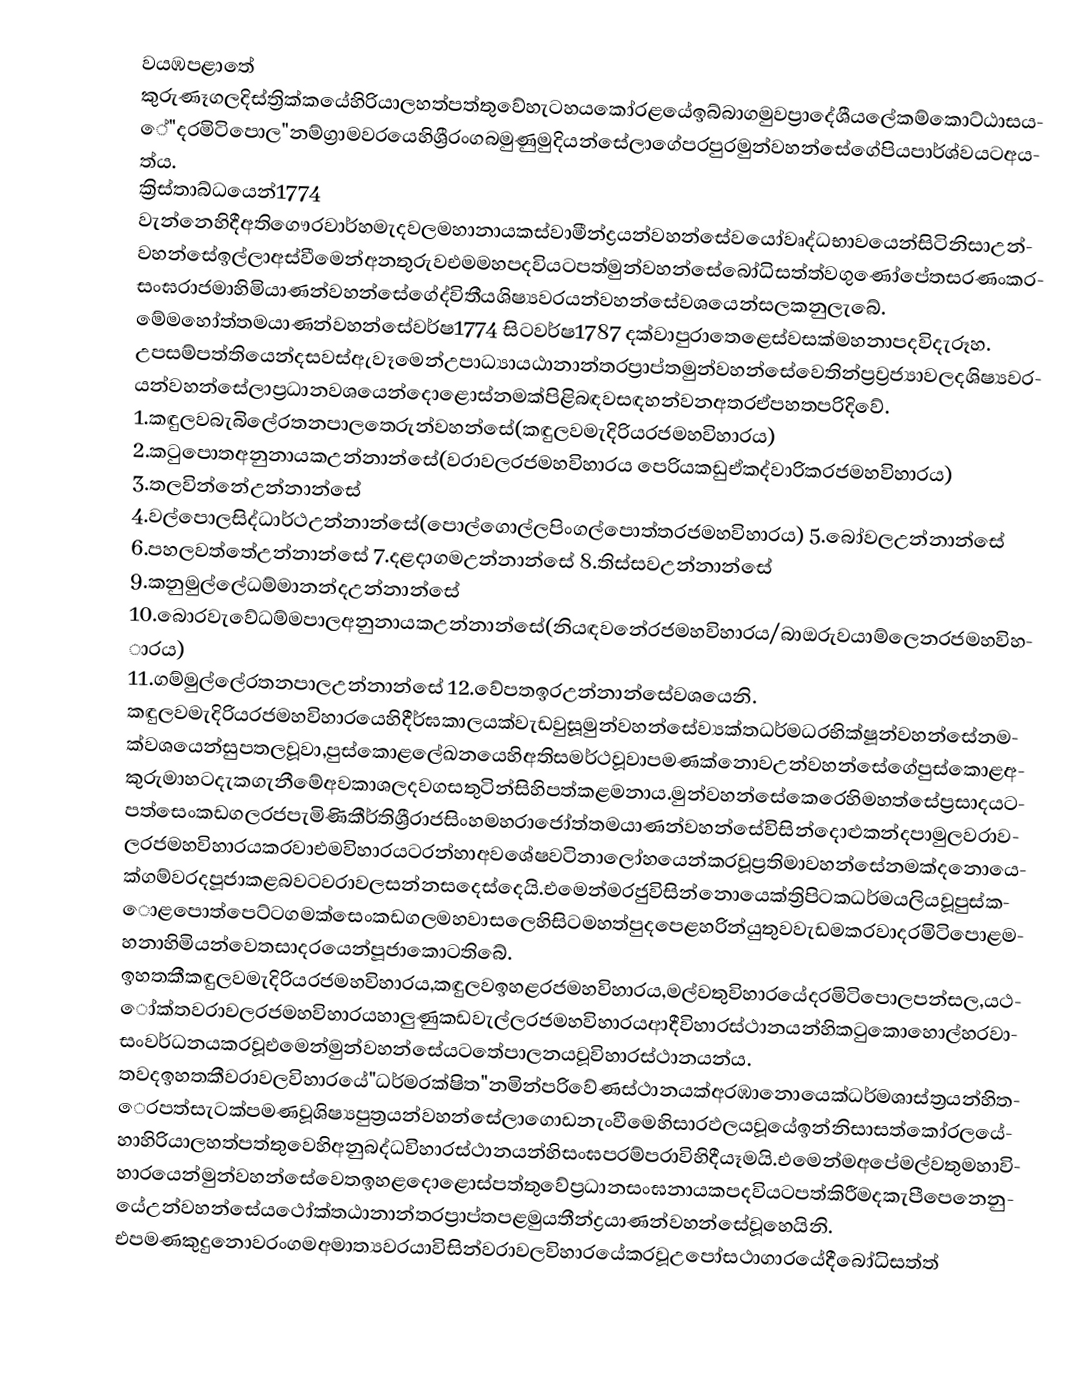
වයඹපළාතේ  කුරුණෑගලදිස්ත්‍රික්කයේහිරියාලහත්පත්තුවේහැටහයකෝරළයේඉබ්බාගමුවප්‍රාදේශීයලේකම්කොට්ඨාසයේ"දරමිටිපොල"නම්ග්‍රාමවරයෙහිශ්‍රීරංගබමුණුමුදියන්සේලාගේපරපුරමුන්වහන්සේගේපියපාර්ශ්වයටඅයත්ය.     ක්‍රිස්තාබ්ධයෙන්1774 වැන්නෙහිදීඅතිගෞරවාර්හමැදවලමහානායකස්වාමීන්ද්‍රයන්වහන්සේවයෝවෘද්ධභාවයෙන්සිටිනිසාඋන්වහන්සේඉල්ලාඅස්වීමෙන්අනතුරුවඑමමහපදවියටපත්මුන්වහන්සේබෝධිසත්ත්වගුණෝපේතසරණංකරසංඝරාජමාහිමියාණන්වහන්සේගේද්විතීයශිෂ්‍යවරයන්වහන්සේවශයෙන්සලකනුලැබේ. මේමහෝත්තමයාණන්වහන්සේවර්ෂ1774 සිටවර්ෂ1787 දක්වාපුරාතෙළෙස්වසක්මහනාපදවිදැරූහ.     උපසම්පත්තියෙන්දසවස්ඇවෑමෙන්උපාධ්‍යායඨානාන්තරප්‍රාප්තමුන්වහන්සේවෙතින්ප්‍රව්‍රජ්‍යාවලදශිෂ්‍යවරයන්වහන්සේලාප්‍රධානවශයෙන්දොළොස්නමක්පිළිබඳවසඳහන්වනඅතරඒපහතපරිදිවේ. 1.කඳුලවබැබිලේරතනපාලතෙරුන්වහන්සේ(කඳුලවමැදිරියරජමහවිහාරය) 2.කටුපොතඅනුනායකඋන්නාන්සේ(වරාවලරජමහවිහාරය  පෙරියකඩුඒකද්වාරිකරජමහවිහාරය) 3.තලවින්නේඋන්නාන්සේ 4.වල්පොලසිද්ධාර්ථඋන්නාන්සේ(පොල්ගොල්ලපිංගල්පොත්තරජමහවිහාරය) 5.බෝවලඋන්නාන්සේ 6.පහලවත්තේඋන්නාන්සේ 7.දළදාගමඋන්නාන්සේ 8.තිස්සවඋන්නාන්සේ 9.කනුමුල්ලේධම්මානන්දඋන්නාන්සේ 10.බොරවැවේධම්මපාලඅනුනායකඋන්නාන්සේ(නියඳවනේරජමහවිහාරය/බාඔරුවයාම්ලෙනරජමහවිහාරය) 11.ගම්මුල්ලේරතනපාලඋන්නාන්සේ 12.වේපතඉරඋන්නාන්සේවශයෙනි.                                       කඳුලවමැදිරියරජමහවිහාරයෙහිදීර්ඝකාලයක්වැඩවුසූමුන්වහන්සේව්‍යක්තධර්මධරභික්ෂූන්වහන්සේනමක්වශයෙන්සුපතලවූවා,පුස්කොළලේඛනයෙහිඅතිසමර්ථවූවාපමණක්නොවඋන්වහන්සේගේපුස්කොළඅකුරුමාහටදැකගැනීමේඅවකාශලදවගසතුටින්සිහිපත්කළමනාය.මුන්වහන්සේකෙරෙහිමහත්සේප්‍රසාදයටපත්සෙංකඩගලරජපැමිණිකීර්තිශ්‍රීරාජසිංහමහරාජෝත්තමයාණන්වහන්සේවිසින්දොළුකන්දපාමුලවරාවලරජමහවිහාරයකරවාඑමවිහාරයටරන්හාඅවශේෂවටිනාලෝහයෙන්කරවූප්‍රතිමාවහන්සේනමක්දනොයෙක්ගම්වරදපූජාකළබවටවරාවලසන්නසදෙස්දෙයි.එමෙන්මරජුවිසින්නොයෙක්ත්‍රිපිටකධර්මයලියවූපුස්කොළපොත්පෙට්ටගමක්සෙංකඩගලමහවාසලෙහිසිටමහත්පුදපෙළහරින්යුතුවවැඩමකරවාදරමිටිපොළමහනාහිමියන්වෙතසාදරයෙන්පූජාකොටතිබේ.     ඉහතකීකඳුලවමැදිරියරජමහවිහාරය,කඳුලවඉහළරජමහවිහාරය,මල්වතුවිහාරයේදරමිටිපොලපන්සල,යථෝක්තවරාවලරජමහවිහාරයහාලුණුකඩවැල්ලරජමහවිහාරයආදීවිහාරස්ථානයන්හිකටුකොහොල්හරවාසංවර්ධනයකරවූඑමෙන්මුන්වහන්සේයටතේපාලනයවූවිහාරස්ථානයන්ය.                             තවදඉහතකීවරාවලවිහාරයේ"ධර්මරක්ෂිත"නමින්පරිවේණස්ථානයක්අරඹානොයෙක්ධර්මශාස්ත්‍රයන්හිතෙරපත්සැටක්පමණවූශිෂ්‍යපුත්‍රයන්වහන්සේලාගොඩනැංවීමෙහිසාරඵලයවූයේඉන්නිසාසත්කෝරලයේහාහිරියාලහත්පත්තුවෙහිඅනුබද්ධවිහාරස්ථානයන්හිසංඝපරම්පරාවිහිදීයෑමයි.එමෙන්මඅපේමල්වතුමහාවිහාරයෙන්මුන්වහන්සේවෙතඉහළදොළොස්පත්තුවේප්‍රධානසංඝනායකපදවියටපත්කිරීමදකැපීපෙනෙනුයේඋන්වහන්සේයථෝක්තඨානාන්තරප්‍රාප්තපළමුයතීන්ද්‍රයාණන්වහන්සේවූහෙයිනි.     එපමණකුදුනොවරංගමඅමාත්‍යවරයාවිසින්වරාවලවිහාරයේකරවූඋපෝසථාගාරයේදීබෝධිසත්ත්